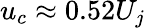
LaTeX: u_{c}\approx 0.52U_{j}